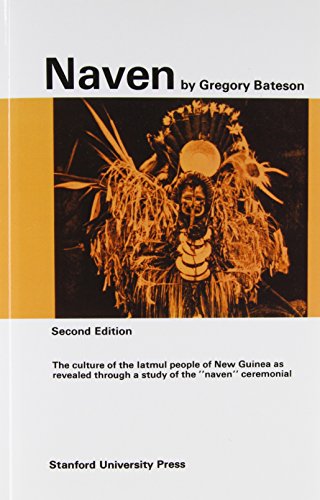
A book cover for Naven: A Survey of the Problems suggested by a Composite Picture of the Culture of a New Guinea Tribe drawn from Three Points of View; Gregory Bateson; History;